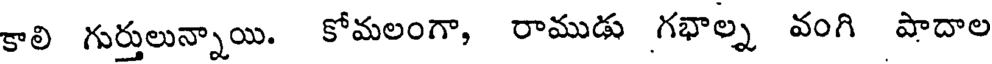
కాలి గుర్తులున్నాయి. కోమలంగా, రాముడు గభాల్న వంగి పాదాల